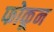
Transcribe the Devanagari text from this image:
फोकून